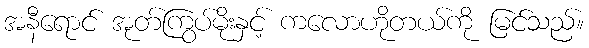
အနီရောင် အုတ်ကြွပ်မိုးနှင့် ကလောဟိုတယ်ကို မြင်သည်။